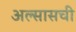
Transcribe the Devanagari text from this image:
अल्सासची